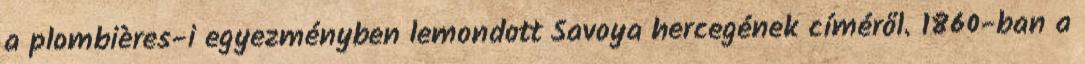
a plombières-i egyezményben lemondott Savoya hercegének címéről. 1860-ban a